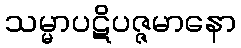
သမ္မာပဋိပဇ္ဇမာနော